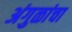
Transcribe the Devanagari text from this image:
अंगुळांचा